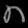
Digit: ၈